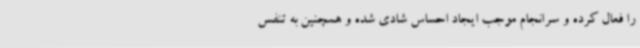
را فعال کرده و سرانجام موجب ایجاد احساس شادی شده و همچنین به تنفس